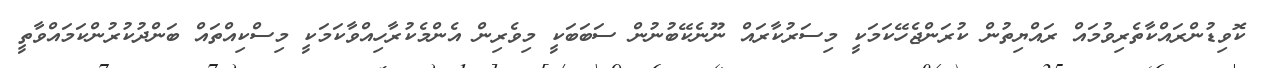
ކޮވިޑުންރައްކާތެރިވުމައް ރައްޔިތުން ކުރަންޖެހޭކަމަކީ މިސަރުކާރައް ނޫނެކޭބުނުން ސަބަބަކީ މިވެރިން އެންމެކުރާހިއްވާކަމަކީ މިސްކިއްތައް ބަންދުކުރުންކަމައްވާތީ